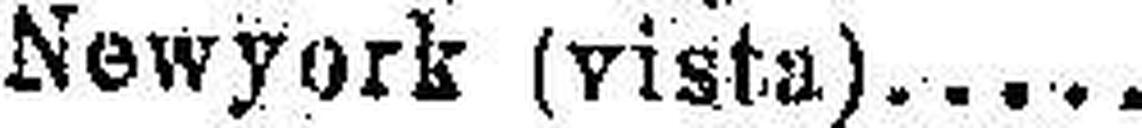
Newyork (vista)